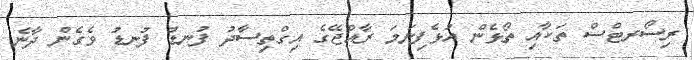
ރިސޯރޓްސް ތަކާއި ތޯޅެން އުޅެފިނަމަ ރާއްޖޭގެ އިގްތިސާދު ފުނޑު ފުނޑު ވެގެން ދާނެ